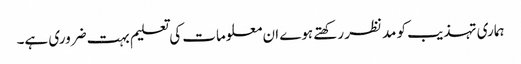
ہماری تہذیب کو مدنظر رکھتے ہوے ان معلومات کی تعلیم بہت ضروری ہے۔